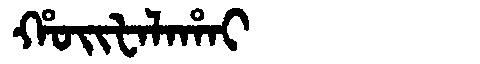
Manchu: ᡥᠣᡳᡶᠠᠯᠠᡥᠠᡳ
Romanization: HOIFALAHAI